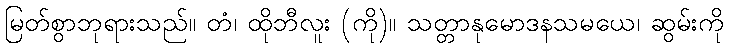
မြတ်စွာဘုရားသည်။ တံ၊ ထိုဘီလူး (ကို)။ သတ္တာနုမောဒနသမယေ၊ ဆွမ်းကို